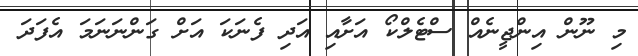
މި ނޫން އިންޖީނެއް ސްޓެލްކޯ އަށާއި އަދި ފެނަކަ އަށް ގަންނަނަމަ އެފަދަ